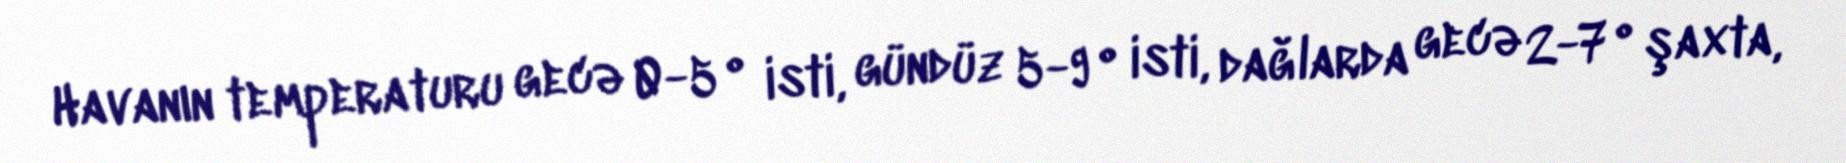
Havanın temperaturu gecə 0-5° isti, gündüz 5-9° isti, dağlarda gecə 2-7° şaxta,